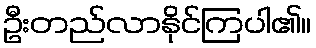
ဦးတည်လာနိုင်ကြပါ၏။